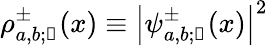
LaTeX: \rho_{a,b;\mathscr{k}}^{\pm}(x)\equiv{\left|\psi_{a,b;\mathscr{k}}^{\pm}(x)\right|}^{2}